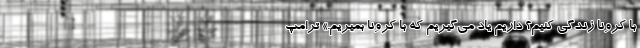
با کرونا زندگی کنیم؟ داریم یاد می‌گیریم که با کرونا بمیریم.» ترامپ